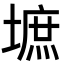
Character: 墌